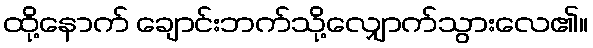
ထို့နောက် ချောင်းဘက်သို့လျှောက်သွားလေ၏။